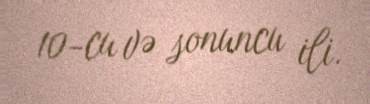
10-cu və sonuncu ili.